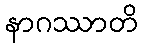
နာဂဿာတိ